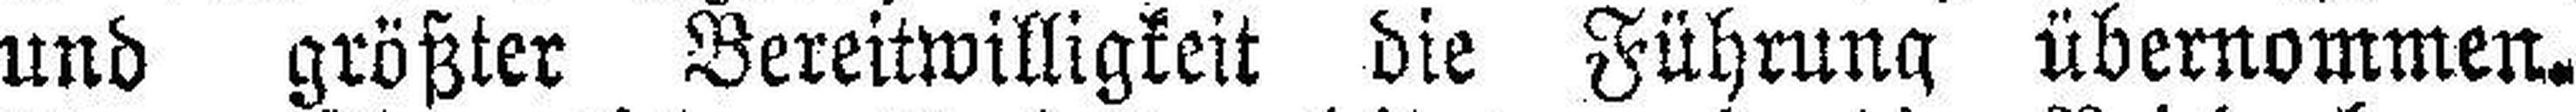
und größter Bereitwilligkeit die Führung übernommen.